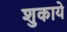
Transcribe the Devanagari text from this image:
शुकाये